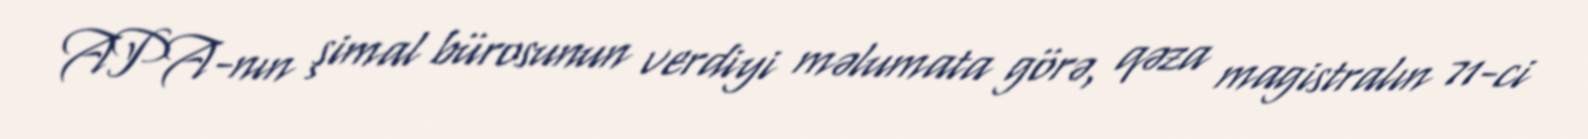
APA-nın şimal bürosunun verdiyi məlumata görə, qəza magistralın 71-ci